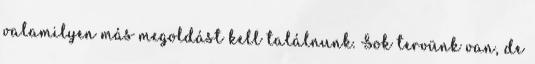
valamilyen más megoldást kell találnunk. Sok tervünk van, de